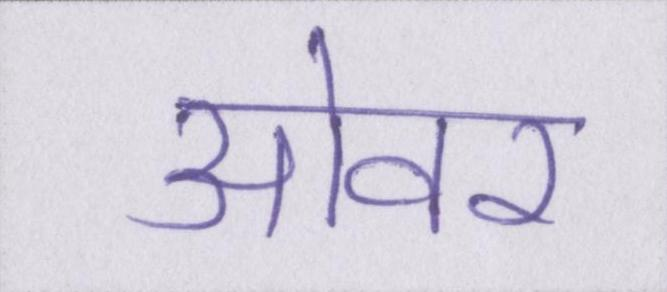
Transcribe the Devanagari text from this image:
ओवर